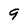
Character: 9